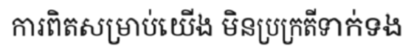
ការពិតសម្រាប់យើង មិនប្រក្រតីទាក់ទង